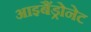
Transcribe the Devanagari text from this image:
आइबैंड्रोनेट